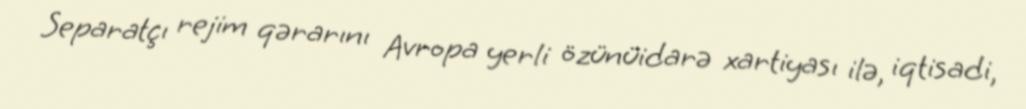
Separatçı rejim qərarını Avropa yerli özünüidarə xartiyası ilə, iqtisadi,